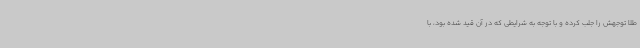
طلا توجهش را جلب کرده و با توجه به شرایطی که در آن قید شده بود، با